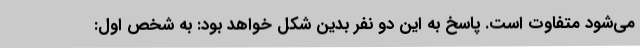
می‌شود متفاوت است. پاسخ به این دو نفر بدین شکل خواهد بود: به شخص اول: